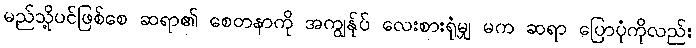
မည်သို့ပင်ဖြစ်စေ ဆရာ၏ စေတနာကို အကျွန်ုပ် လေးစားရုံမျှ မက ဆရာ ပြောပုံကိုလည်း